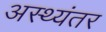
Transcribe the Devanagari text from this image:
अस्थ्यंतर